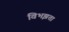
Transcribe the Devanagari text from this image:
विभझता